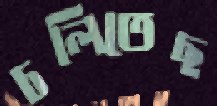
চলিতেছ